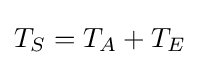
T_{S}=T_{A}+T_{E}